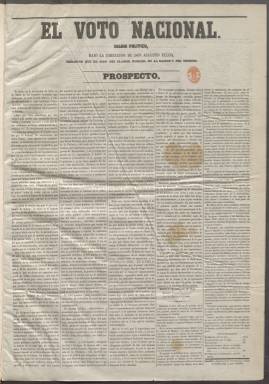
Título: El Voto Nacional (Madrid. 1854)
Colección: Periódicos
Ámbito geográfico: Madrid
Lugar de publicación: Madrid
Fechas: 01/01/1854-02/02/1855

Este periódico nació tras la revolución de 1854, la llamada Vicalvarada, que llevó al poder al partido progresista con el general Espartero como presidente del Gobierno. Su director fue Augusto de Ulloa y Castañón, afín a otro militar participante en la revolución, el general Leopoldo O’Donnell, que fundaría años después la Unión Liberal, partido que aglutinó a moderados y progresistas que ansiaban la estabilidad política.

  En el prospecto con el que El voto nacional se presentó al público el periódico clamaba ya por esa unión entre los antiguos contendientes con estas palabras: ‘la unión es el ingreso pacífico de los partidos constitucionales en las condiciones del verdadero gobierno representativo; es el reconocimiento unánime de ciertos principios fundamentales que forman la base de la ciencia política; es el triunfo de la idea liberal martirizada durante tantos años; es, en fin, la garantía para el porvenir de que la opinión reemplazará a la fuerza bruta, y de que los destinos del país no quedarán a merced de una facción o de una camarilla, sino que serán dirigidos por la voluntad del país mismo’.

  A continuación, el periódico declaraba su propósito de defender la soberanía de la nación, la milicia ciudadana y la libertad del sufragio y de la imprenta, así como la unión del partido liberal y la omnipotencia de las Cortes Constituyentes.

  Como diario político, El voto nacional estaba marcado fuertemente por el ideario con el que juzgaba la actualidad nacional. Contaba con una sección oficial con la información gubernamental y dedicaba especial atención a las noticias de exterior y de provincias en secciones que llamaba Correo Extranjero y Correo de las Provincias. Decía contar para ello con una buena red de corresponsables.

  Otras secciones era la Crónica de la Capital, con sucesos, rumores y anécdotas de Madrid, un boletín comercial, otra sección de crítica teatral y el clásico folletín, que era el mayor reclamo para la venta de los periódicos en la época. No obstante, El voto nacional no tuvo éxito y su vida fue corta: arrancó su publicación en septiembre de 1854 y la terminó en febrero de 1855.

  El director, Augusto de Ulloa y Castañón, fue una personalidad destacada que además de periodista fue posteriormente embajador en Roma y cuatro veces ministro en los Gobierno de la Unión Liberal con O’Donnell y, tras la revolución de 1868, con el general Serrano.

  En el diccionario biográfico de la Academia de la Historia puede leerse una amplia semblanza de este personaje. Destaca su convicción de que era mejor para la democracia la monarquía que la república, al poder el Parlamento controlar mejor a la primera que a la segunda.

[Descripción publicada el 20/09/2024]